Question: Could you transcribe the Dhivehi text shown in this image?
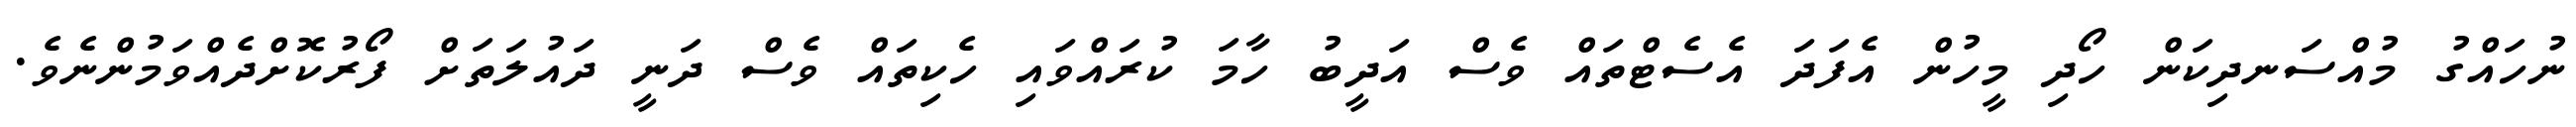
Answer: ނުހައްގު މުއްސަނދިކަން ހޯދި މީހުން އެފަދަ އެސެޓްތައް ވެސް އަދީބު ހާމަ ކުރައްވައި ހެކިތައް ވެސް ދަނީ ދައުލަތަށް ފޯރުކޮށްދެއްވަމުންނެވެ.